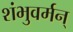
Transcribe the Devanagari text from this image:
शंभुवर्मन्